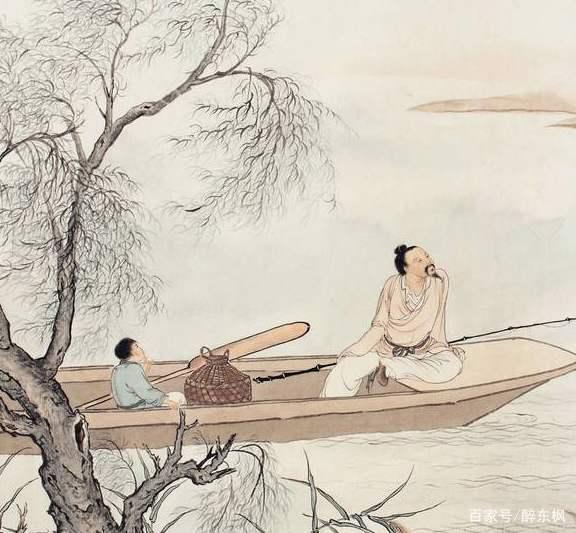
及时当勉励，岁月不待人。